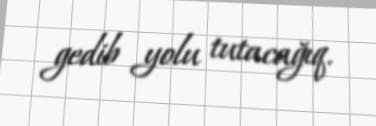
gedib yolu tutacağıq.